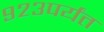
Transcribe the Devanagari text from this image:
९२३पर्यंत